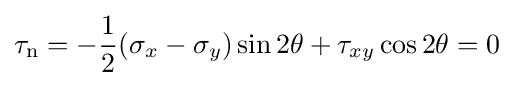
\tau _{\mathrm {n} }=-{\frac {1}{2}}(\sigma _{x}-\sigma _{y})\sin 2\theta +\tau _{xy}\cos 2\theta =0\,\!